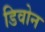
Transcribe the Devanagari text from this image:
डिवोन